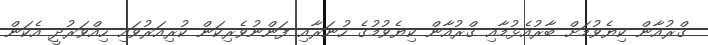
ގްރުއާން ކިޔެވުމަށް ބާރުއެޅުމާއި ގްރުއާން ކިޔެވުމުގެ ހުނަރާއި ފަންނުވެރިކަން ކުރިއަރުވައި ހިއްވަރުދީ އެކަން